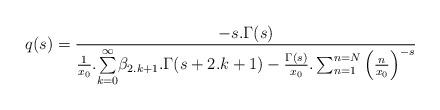
LaTeX: \begin{align*}q(s)=\frac{-s.\Gamma(s)}{\frac{1}{x_0}.\underset{k=0}{\overset{\infty }{\sum }}\beta _{2.k+1}.\Gamma(s+2.k+1)-\frac{\Gamma(s)}{x_0}.\sum _{n=1}^{n=N}\left(\frac{n}{x_0}\right)^{-s}}\end{align*}